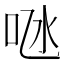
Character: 𠱁